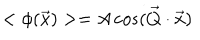
< \phi ( \vec { x } ) > = A \cos ( \vec { Q } \cdot \vec { x } )